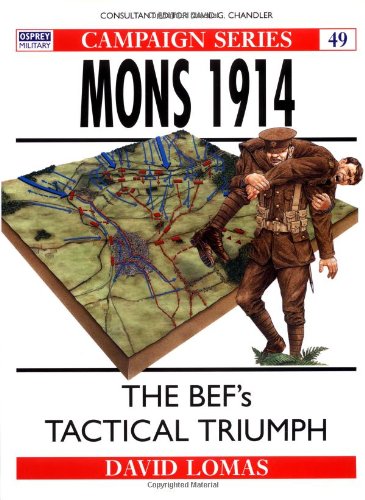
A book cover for Mons 1914: The BEF's Tactical Triumph (Campaign); David Lomas; History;